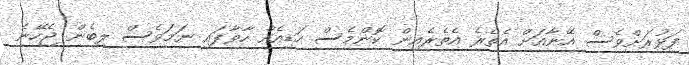
ފަޅުރަށްވެސް އޭނާއަށް އެތެރެ އެތެރެއިން ކޮންމެސް ހަޑިއެއް ހާވާފައި ނަމަވެސް ލިބެން ޖެހޭނެ